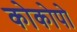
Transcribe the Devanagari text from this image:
कोकोपो